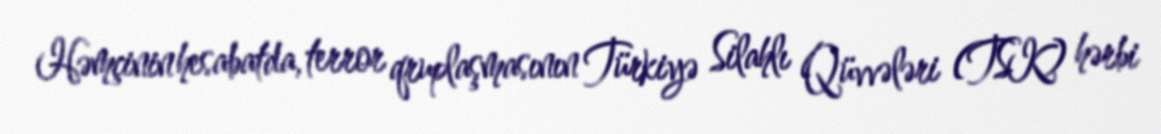
Həmçinin hesabatda, terror qruplaşmasının Türkiyə Silahlı Qüvvələri (TSK) hərbi